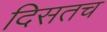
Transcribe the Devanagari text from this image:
दिसतच